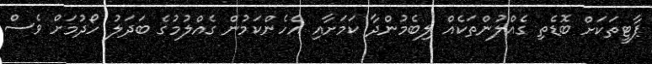
ޕާޓީތަކަށް ބޮޑެތި ގެއްލުންތަކެއް ލިބެމުންދާ ކަމަށާއި އެހެންކަމުން ގެއްލުމުގެ ބަދަލު ހޯދުމަށް ވެސް